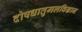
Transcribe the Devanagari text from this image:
दोषधातुमलविज्ञान